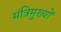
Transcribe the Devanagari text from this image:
मंत्रिमुख्यों